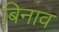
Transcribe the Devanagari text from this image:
बिनाव